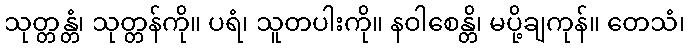
သုတ္တန္တံ၊ သုတ္တန်ကို။ ပရံ၊ သူတပါးကို။ နဝါစေန္တိ၊ မပို့ချကုန်။ တေသံ၊